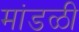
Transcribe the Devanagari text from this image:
मांडळी